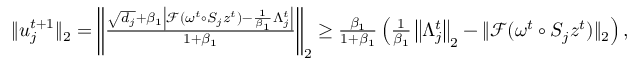
\begin{array} { r } { \| u _ { j } ^ { t + 1 } \| _ { 2 } = \left\| \frac { \sqrt { d _ { j } } + \beta _ { 1 } \left| \mathcal { F } ( \omega ^ { t } \circ S _ { j } z ^ { t } ) - \frac { 1 } { \beta _ { 1 } } \Lambda _ { j } ^ { t } \right| } { 1 + \beta _ { 1 } } \right\| _ { 2 } \geq \frac { \beta _ { 1 } } { 1 + \beta _ { 1 } } \left( \frac { 1 } { \beta _ { 1 } } \left\| \Lambda _ { j } ^ { t } \right\| _ { 2 } - \| \mathcal { F } ( \omega ^ { t } \circ S _ { j } z ^ { t } ) \| _ { 2 } \right) , } \end{array}